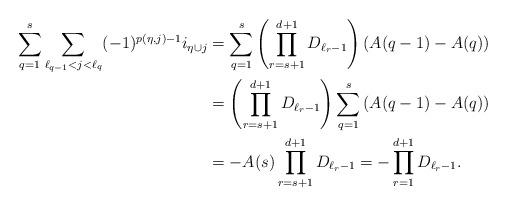
LaTeX: \begin{align*}\sum_{q=1}^{s}\sum_{ \ell_{q-1}<j < \ell_q}(-1)^{p(\eta,j)-1} i_{\eta \cup j}&= \sum_{q=1}^{s} \left(\prod_{r=s+1}^{d+1}{D_{\ell_{r}-1}}\right) \left(A(q-1)-A(q)\right)\\&=\left(\prod_{r=s+1}^{d+1}{D_{\ell_{r}-1}}\right) \sum_{q=1}^s \left(A(q-1)-A(q)\right)\\&=-A(s)\prod_{r=s+1}^{d+1}{D_{\ell_{r}-1}} =-\prod_{r=1}^{d+1}{D_{\ell_{r}-1}}.\end{align*}